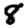
Digit: 8